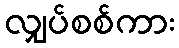
လျှပ်စစ်ကား